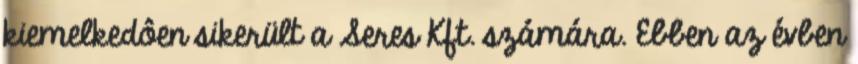
kiemelkedôen sikerült a Seres Kft. számára. Ebben az évben